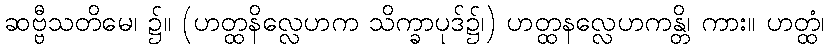
ဆဗ္ဗီသတိမေ၊ ၌။ (ဟတ္ထနိလ္လေဟက သိက္ခာပုဒ်၌၊) ဟတ္ထနလ္လေဟကန္တိ၊ ကား။ ဟတ္ထံ၊